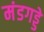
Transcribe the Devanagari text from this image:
मंडगड्डे